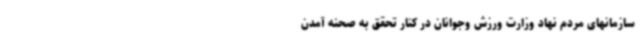
سازمانهای مردم نهاد وزارت ورزش وجوانان در کنار تحقق به صحنه آمدن